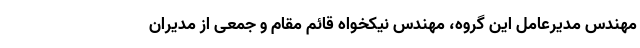
مهندس مدیرعامل این گروه، مهندس نیکخواه قائم مقام و جمعی از مدیران